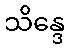
သိန္ဒေ